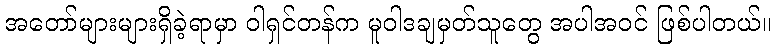
အတော်များများရှိခဲ့ရာမှာ ဝါရှင်တန်က မူဝါဒချမှတ်သူတွေ အပါအဝင် ဖြစ်ပါတယ်။